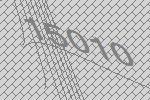
15010